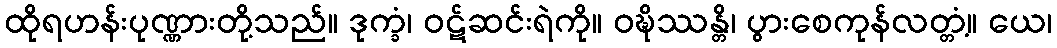
ထိုရဟန်းပုဏ္ဏားတို့သည်။ ဒုက္ခံ၊ ဝဋ်ဆင်းရဲကို။ ဝဍ္ဎိဿန္တိ၊ ပွားစေကုန်လတ္တံ့။ ယေ၊